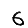
Digit: 6